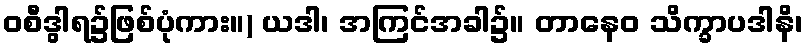
ဝစီဒွါရ၌ဖြစ်ပုံကား။) ယဒါ၊ အကြင်အခါ၌။ တာနေဝ သိက္ခာပဒါနိ၊